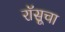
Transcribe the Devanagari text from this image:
रॉसूचा